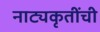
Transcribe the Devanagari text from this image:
नाट्यकृतींची